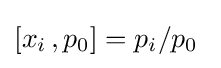
[x_{i}\,,p_{0}]=p_{i}/p_{0}~